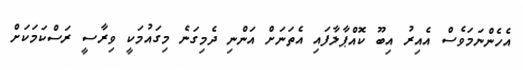
އެހެންނަމަވެސް އެއިރު އިބޫ ކޮއްޕާލާފައި އެތަނަށް އަންނި ދެމިގަނެ މިގައުމަކީ ވިރާސީ ރަސްކަމަކަށް